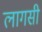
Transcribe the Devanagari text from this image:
लागसी